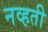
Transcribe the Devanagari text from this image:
नव्‍हती